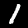
Digit: 1